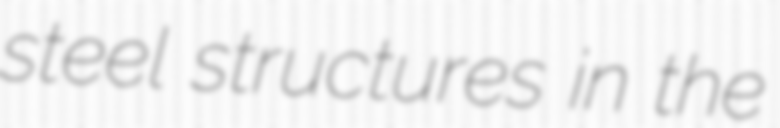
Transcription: steel structures in the